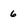
Character: 6